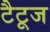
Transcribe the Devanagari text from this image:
टैटूज